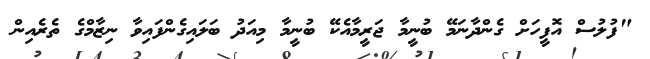
"ފުލުސް އޮފީހަށް ގެންދާނަމޭ ބުނީމާ ޖަރީމާއެކޭ ބުނީމާ މިއަދު ބަލައިގެންފައިވާ ނިޒާމްގެ ތެރެއިން